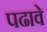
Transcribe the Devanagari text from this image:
पढावे